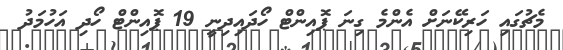
މެޗުގައި ހަރިކޭނަށް އެންމެ ގިނަ ޕޮއިންޓް ހޯދައިދިނީ 19 ޕޮއިންޓް ހޯދި އަހުމަދު